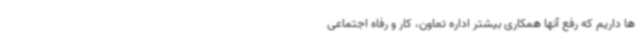
ها داریم که رفع آنها همکاری بیشتر اداره تعاون، کار و رفاه اجتماعی